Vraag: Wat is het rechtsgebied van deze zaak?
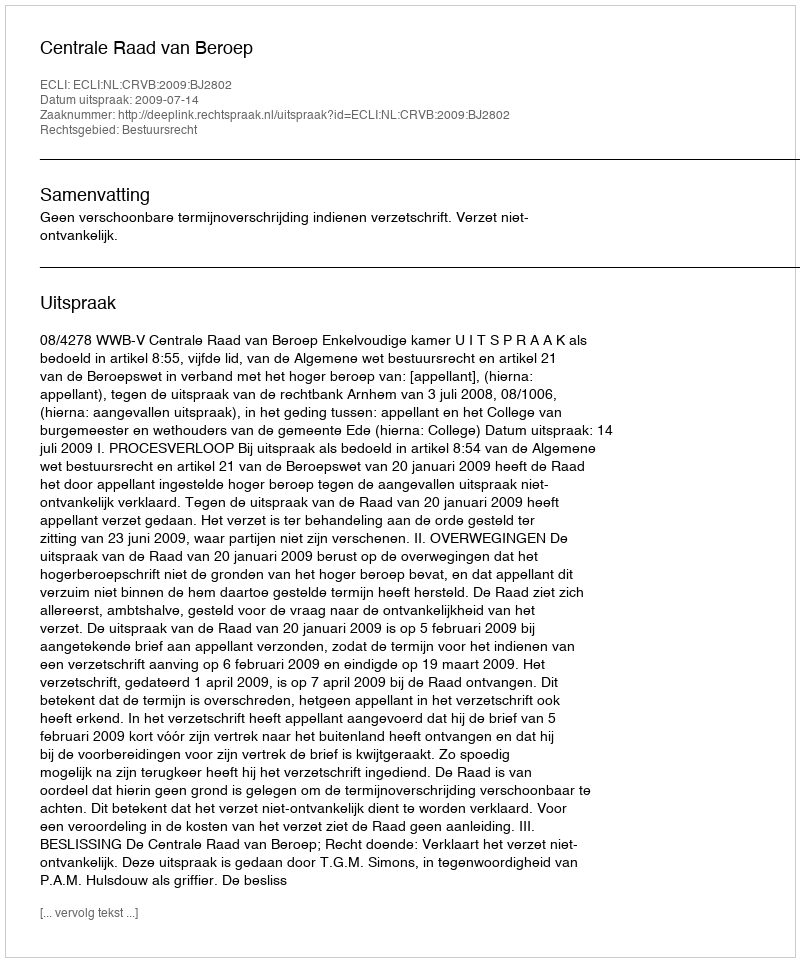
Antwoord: Bestuursrecht